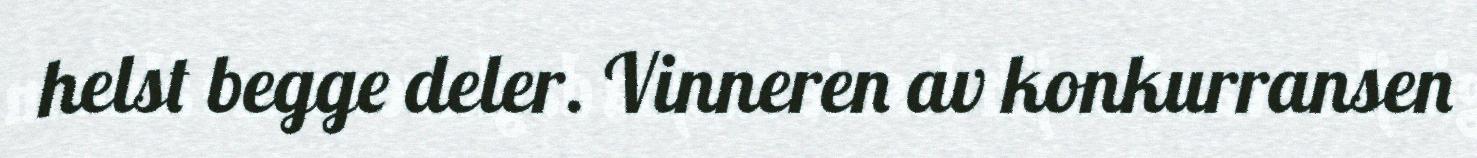
helst begge deler. Vinneren av konkurransen